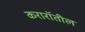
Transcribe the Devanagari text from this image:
करारॉतील